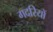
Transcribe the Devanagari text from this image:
गदरियों